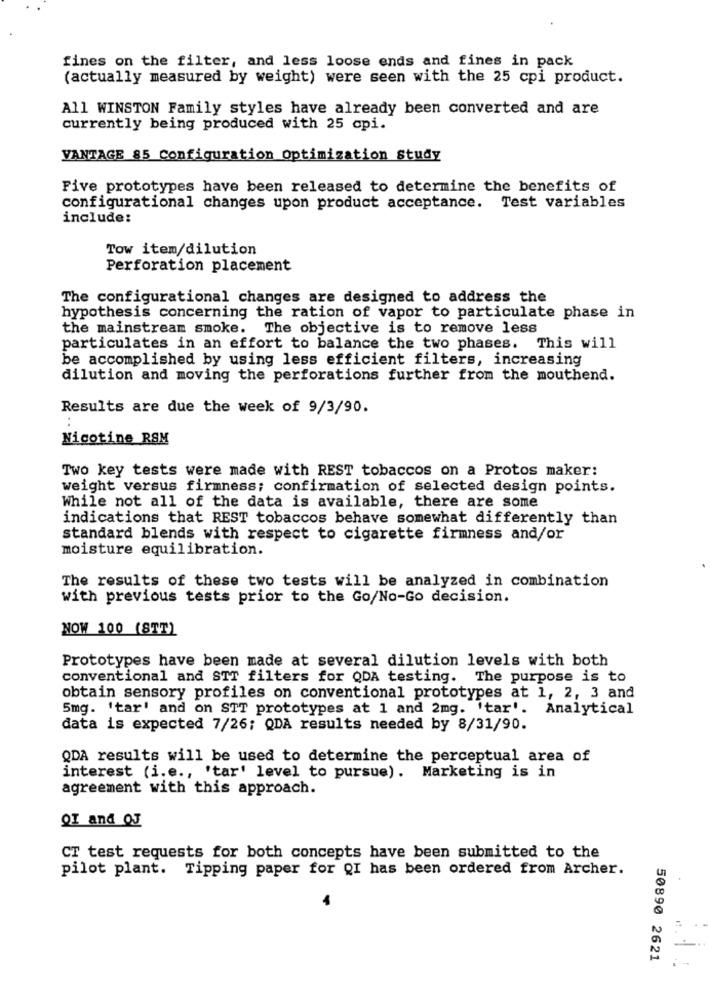
fines on the filter, and less loose ends and fines in pack
(actually measured by weight) were seen with the 25 cpi product.
All WINSTON Family styles have already been converted and are
currently being produced with 25 cpi.
VANTAGE 85 Configuration optimization study
Five prototypes have been released to determine the benefits of
configurational changes upon product acceptance. Test variables
include:
Tow item/dilution
Perforation placement
The configurational changes are designed to address the
hypothesis concerning the ration of vapor to particulate phase in
the mainstream smoke. The objective is to remove less
particulates in an effort to balance the two phases. This will
be accomplished by using less efficient filters, increasing
dilution and moving the perforations further from the mouthend.
Results are due the week of 9/3/90.
Nicotine RSM
Two key tests were made with REST tobaccos on a Protos maker:
weight versus firmness; confirmation of selected design points.
While not all of the data is available, there are some
indications that REST tobaccos behave somewhat differently than
standard blends with respect to cigarette firmness and/or
moisture equilibration.
The results of these two tests will be analyzed in combination
with previous tests prior to the Go/No-Go decision.
NOW 100 (STT)
Prototypes have been made at several dilution levels with both
conventional and STT filters for QDA testing. The purpose is to
obtain sensory profiles on conventional prototypes at 1, 2, 3 and
5mg. 'tar' and on STT prototypes at 1 and 2mg. 'tar'. Analytical
data is expected 7/26; QDA results needed by 8/31/90.
QDA results will be used to determine the perceptual area of
interest (i.e ., 'tar' level to pursue). Marketing is in
agreement with this approach.
QI and OJ
CT test requests for both concepts have been submitted to the
pilot plant. Tipping paper for QI has been ordered from Archer.
50890 2621